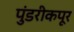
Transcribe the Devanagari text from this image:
पुंडरीकपूर